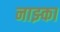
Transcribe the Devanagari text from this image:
नाझ्का